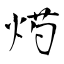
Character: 烵